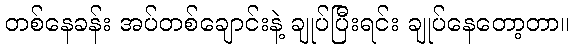
တစ်နေခန်း အပ်တစ်ချောင်းနဲ့ ချုပ်ပြီးရင်း ချုပ်နေတော့တာ။